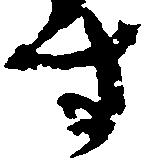
す